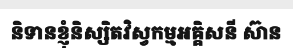
និទានខ្ញុំនិស្សិតវិស្វកម្មអគ្គិសនី ស៊ាន